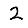
Digit: 2